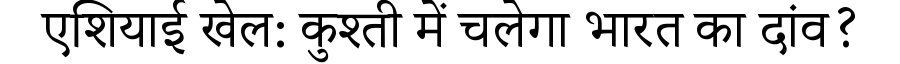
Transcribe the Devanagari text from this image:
एशियाई खेल: कुश्ती में चलेगा भारत का दांव?